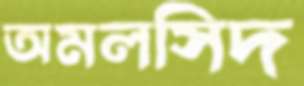
অমলসিদ